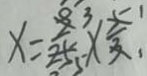
x = \frac { 9 } { 2 5 } \times \frac { 5 } { 3 }